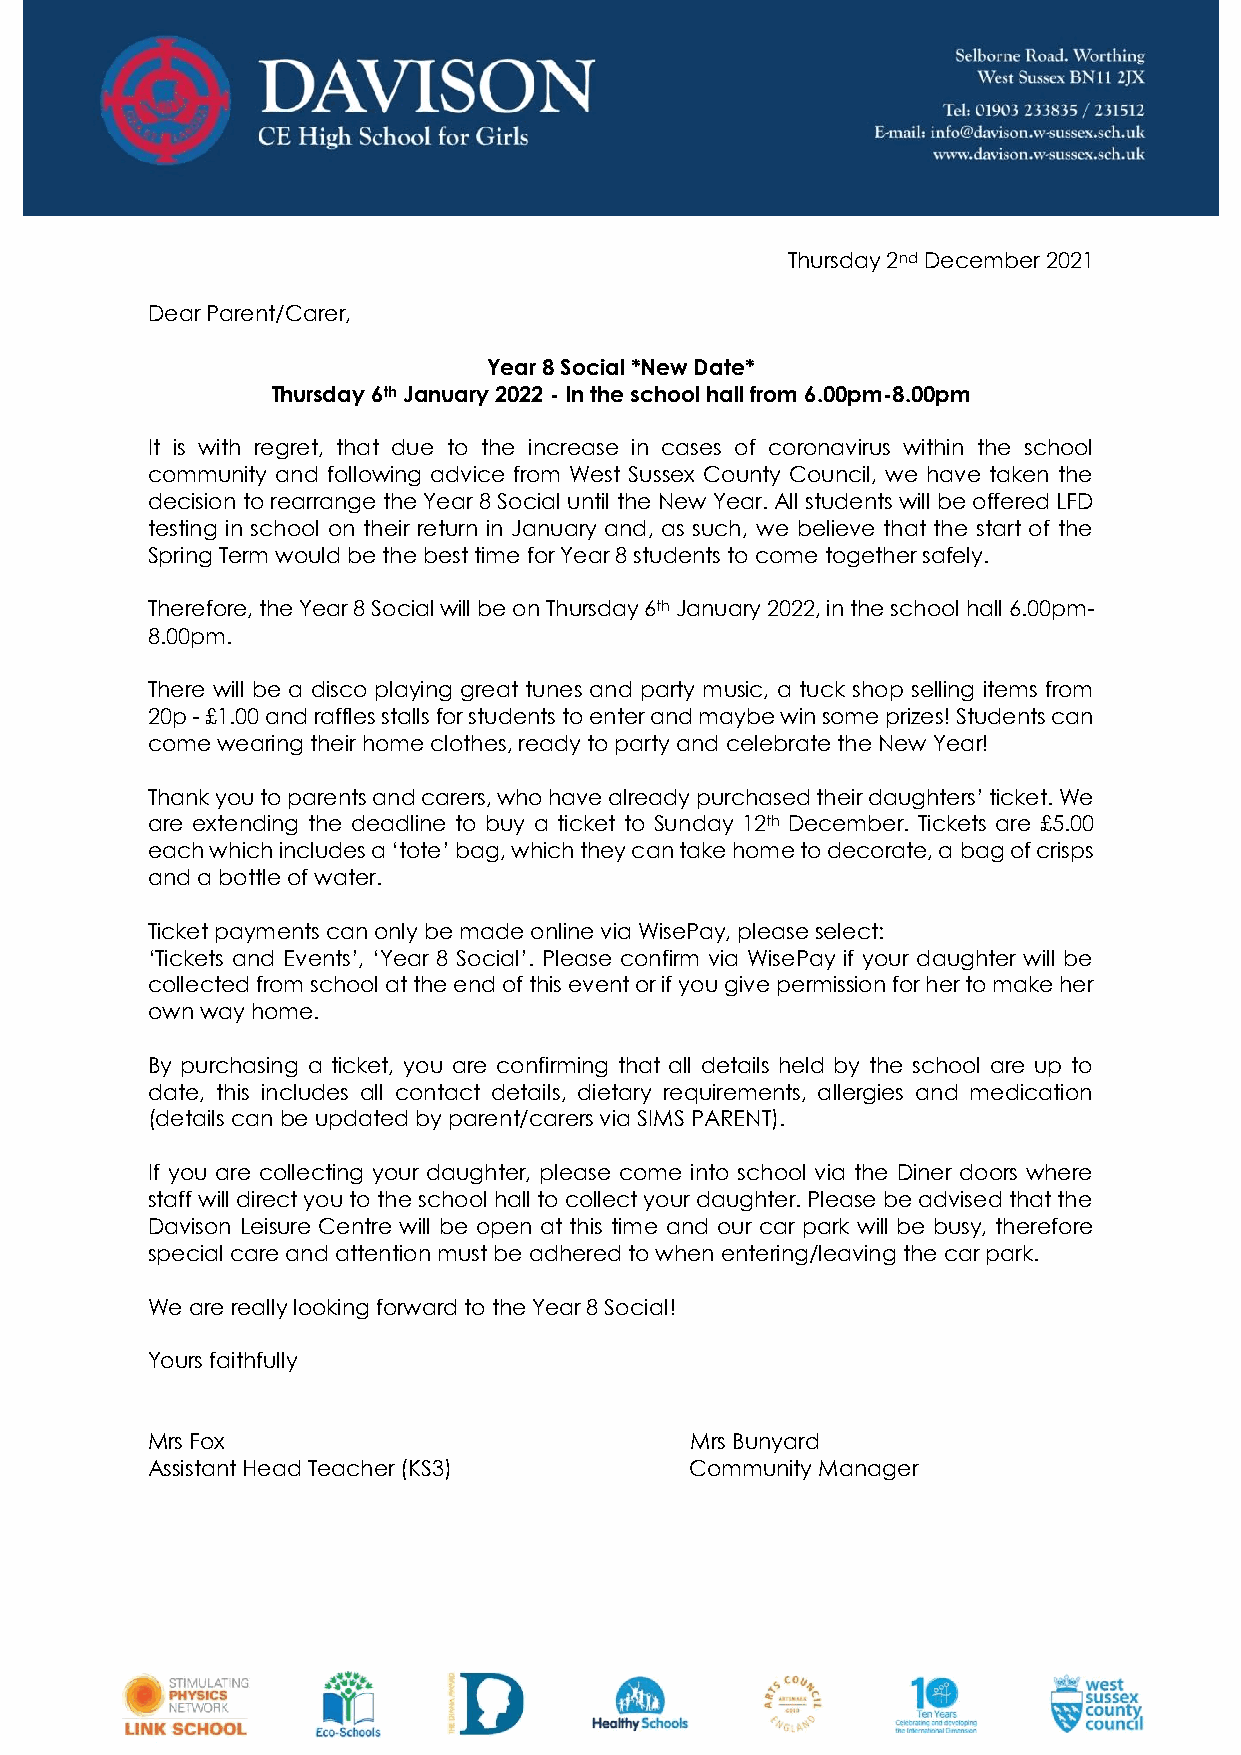
Thursday 2nd December 2021
 Dear Parent/Carer,
 Year 8 Social *New Date*
 Thursday 6th January 2022 - In the school hall from 6.00pm-8.00pm
 It is with regret, that due to the increase in cases of coronavirus within the school
 community and following advice from West Sussex County Council, we have taken the
 decision to rearrange the Year 8 Social until the New Year. All students will be offered LFD
 testing in school on their return in January and, as such, we believe that the start of the
 Spring Term would be the best time for Year 8 students to come together safely.
 Therefore, the Year 8 Social will be on Thursday 6th January 2022, in the school hall 6.00pm-
 8.00pm.
 There will be a disco playing great tunes and party music, a tuck shop selling items from
 20p - £1.00 and raffles stalls for students to enter and maybe win some prizes! Students can
 come wearing their home clothes, ready to party and celebrate the New Year!
 Thank you to parents and carers, who have already purchased their daughters’ ticket. We
 are extending the deadline to buy a ticket to Sunday 12th December. Tickets are £5.00
 each which includes a ‘tote’ bag, which they can take home to decorate, a bag of crisps
 and a bottle of water.
 Ticket payments can only be made online via WisePay, please select:
 ‘Tickets and Events’, ‘Year 8 Social’. Please confirm via WisePay if your daughter will be
 collected from school at the end of this event or if you give permission for her to make her
 own way home.
 By purchasing a ticket, you are confirming that all details held by the school are up to
 date, this includes all contact details, dietary requirements, allergies and medication
 (details can be updated by parent/carers via SIMS PARENT).
 If you are collecting your daughter, please come into school via the Diner doors where
 staff will direct you to the school hall to collect your daughter. Please be advised that the
 Davison Leisure Centre will be open at this time and our car park will be busy, therefore
 special care and attention must be adhered to when entering/leaving the car park.
 We are really looking forward to the Year 8 Social!
 Yours faithfully
 Mrs Fox                             Mrs Bunyard
 Assistant Head Teacher (KS3)        Community Manager